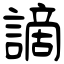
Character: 謫